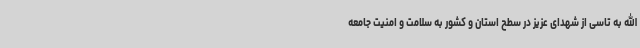
الله به تاسی از شهدای عزیز در سطح استان و کشور به سلامت و امنیت جامعه